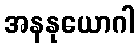
အနနုယောဂါ